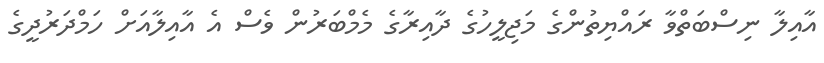
އާއިލާ ނިސްބަތްވާ ރައްޔިތުންގެ މަޖިލީހުގެ ދާއިރާގެ މެމްބަރުން ވެސް އެ އާއިލާއަށް ހަމްދަރުދީގެ